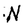
Character: N